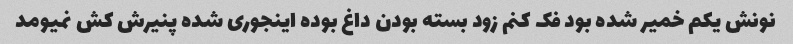
نونش یکم خمیر شده بود فک کنم زود بسته بودن داغ بوده اینجوری شده پنیرش کش نمیومد